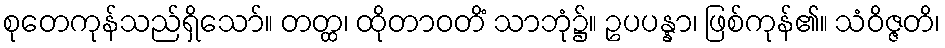
စုတေကုန်သည်ရှိသော်။ တတ္ထ၊ ထိုတာဝတိံ သာဘုံ၌။ ဥပပန္နာ၊ ဖြစ်ကုန်၏။ သံဝိဇ္ဇတိ၊